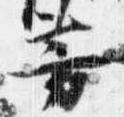
芳